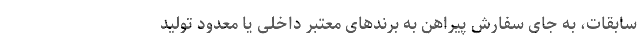
سابقات، به جای سفارش پیراهن به برندهای معتبر داخلی یا معدود تولید